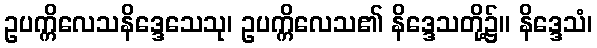
ဥပက္ကိလေသနိဒ္ဒေသေသု၊ ဥပက္ကိလေသ၏ နိဒ္ဒေသတို့၌။ နိဒ္ဒေသံ၊